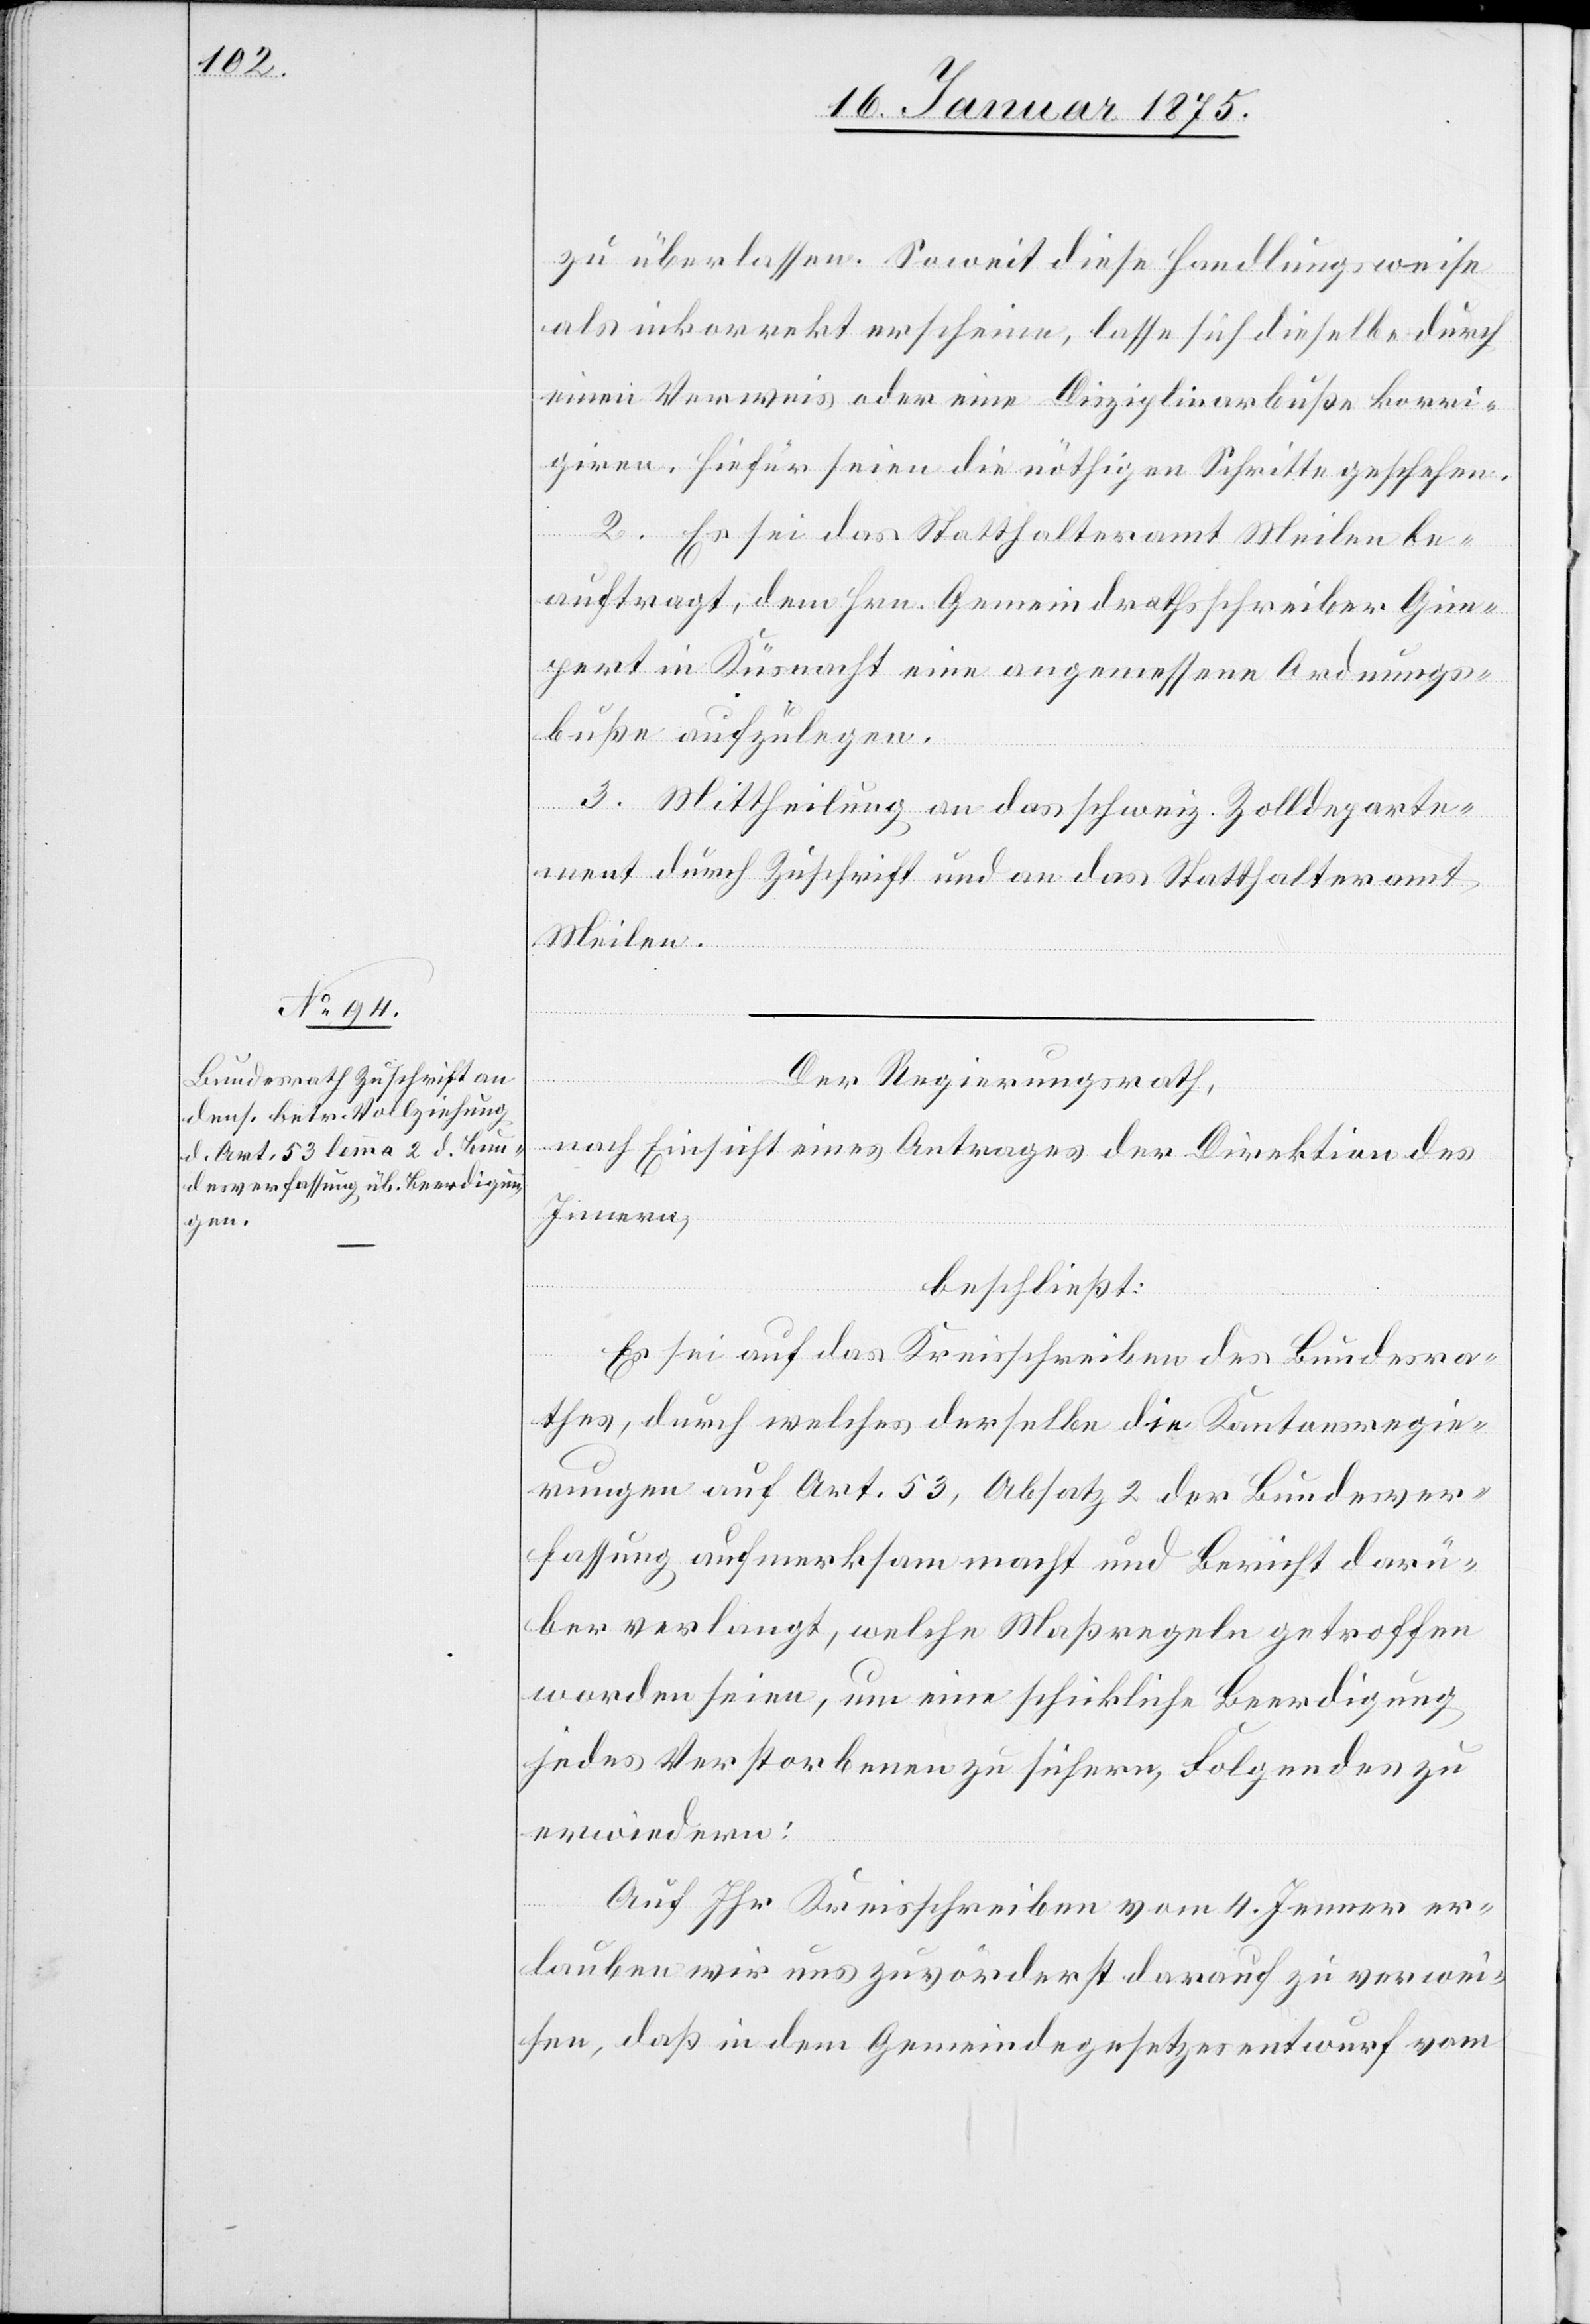
zu überlassen. Soweit diese Handlungswiese
als inkorrekt erscheine, lasse sich dieselbe durch
einen Verweis oder eine Disziplinarbuße korri¬
giren. Hiefür seien die nöthigen Schritte geschehen.
2. Es sei das Statthalteramt Meilen be¬
auftragt, dem Hrn. Gemeindrathsschreiber Gim¬
pert in Küsnacht eine angemessene Ordnungs¬
buße aufzulegen.
3. Mittheilung an das schweiz. Zolldeparte¬
ment durch Zuschrift und an das Statthalteramt
Meilen.
Der Regierungsrath,
nach Einsicht eines Antrages der Direktion des
Innern,
beschließt:
Es sei auf das Kreisschreiben des Bundesra¬
thes, durch welches derselbe die Kantonsregie¬
rungen auf Art. 53, Absatz 2 der Bundesver¬
fassung aufmerksam macht und Bericht darü¬
ber verlangt, welche Maßregeln getroffen
worden seien, um eine schickliche Beerdigung
jedes Verstorbenen zu sichern, Folgendes zu
erwiedern:
Auf Ihr Kreisschreiben vom 4. Jenner er¬
lauben wir uns zuvörderst darauf zu verwei¬
sen, daß in dem Gemeindegesetzesentwurf vom